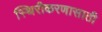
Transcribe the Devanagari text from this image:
स्थिरीकरणासाठी